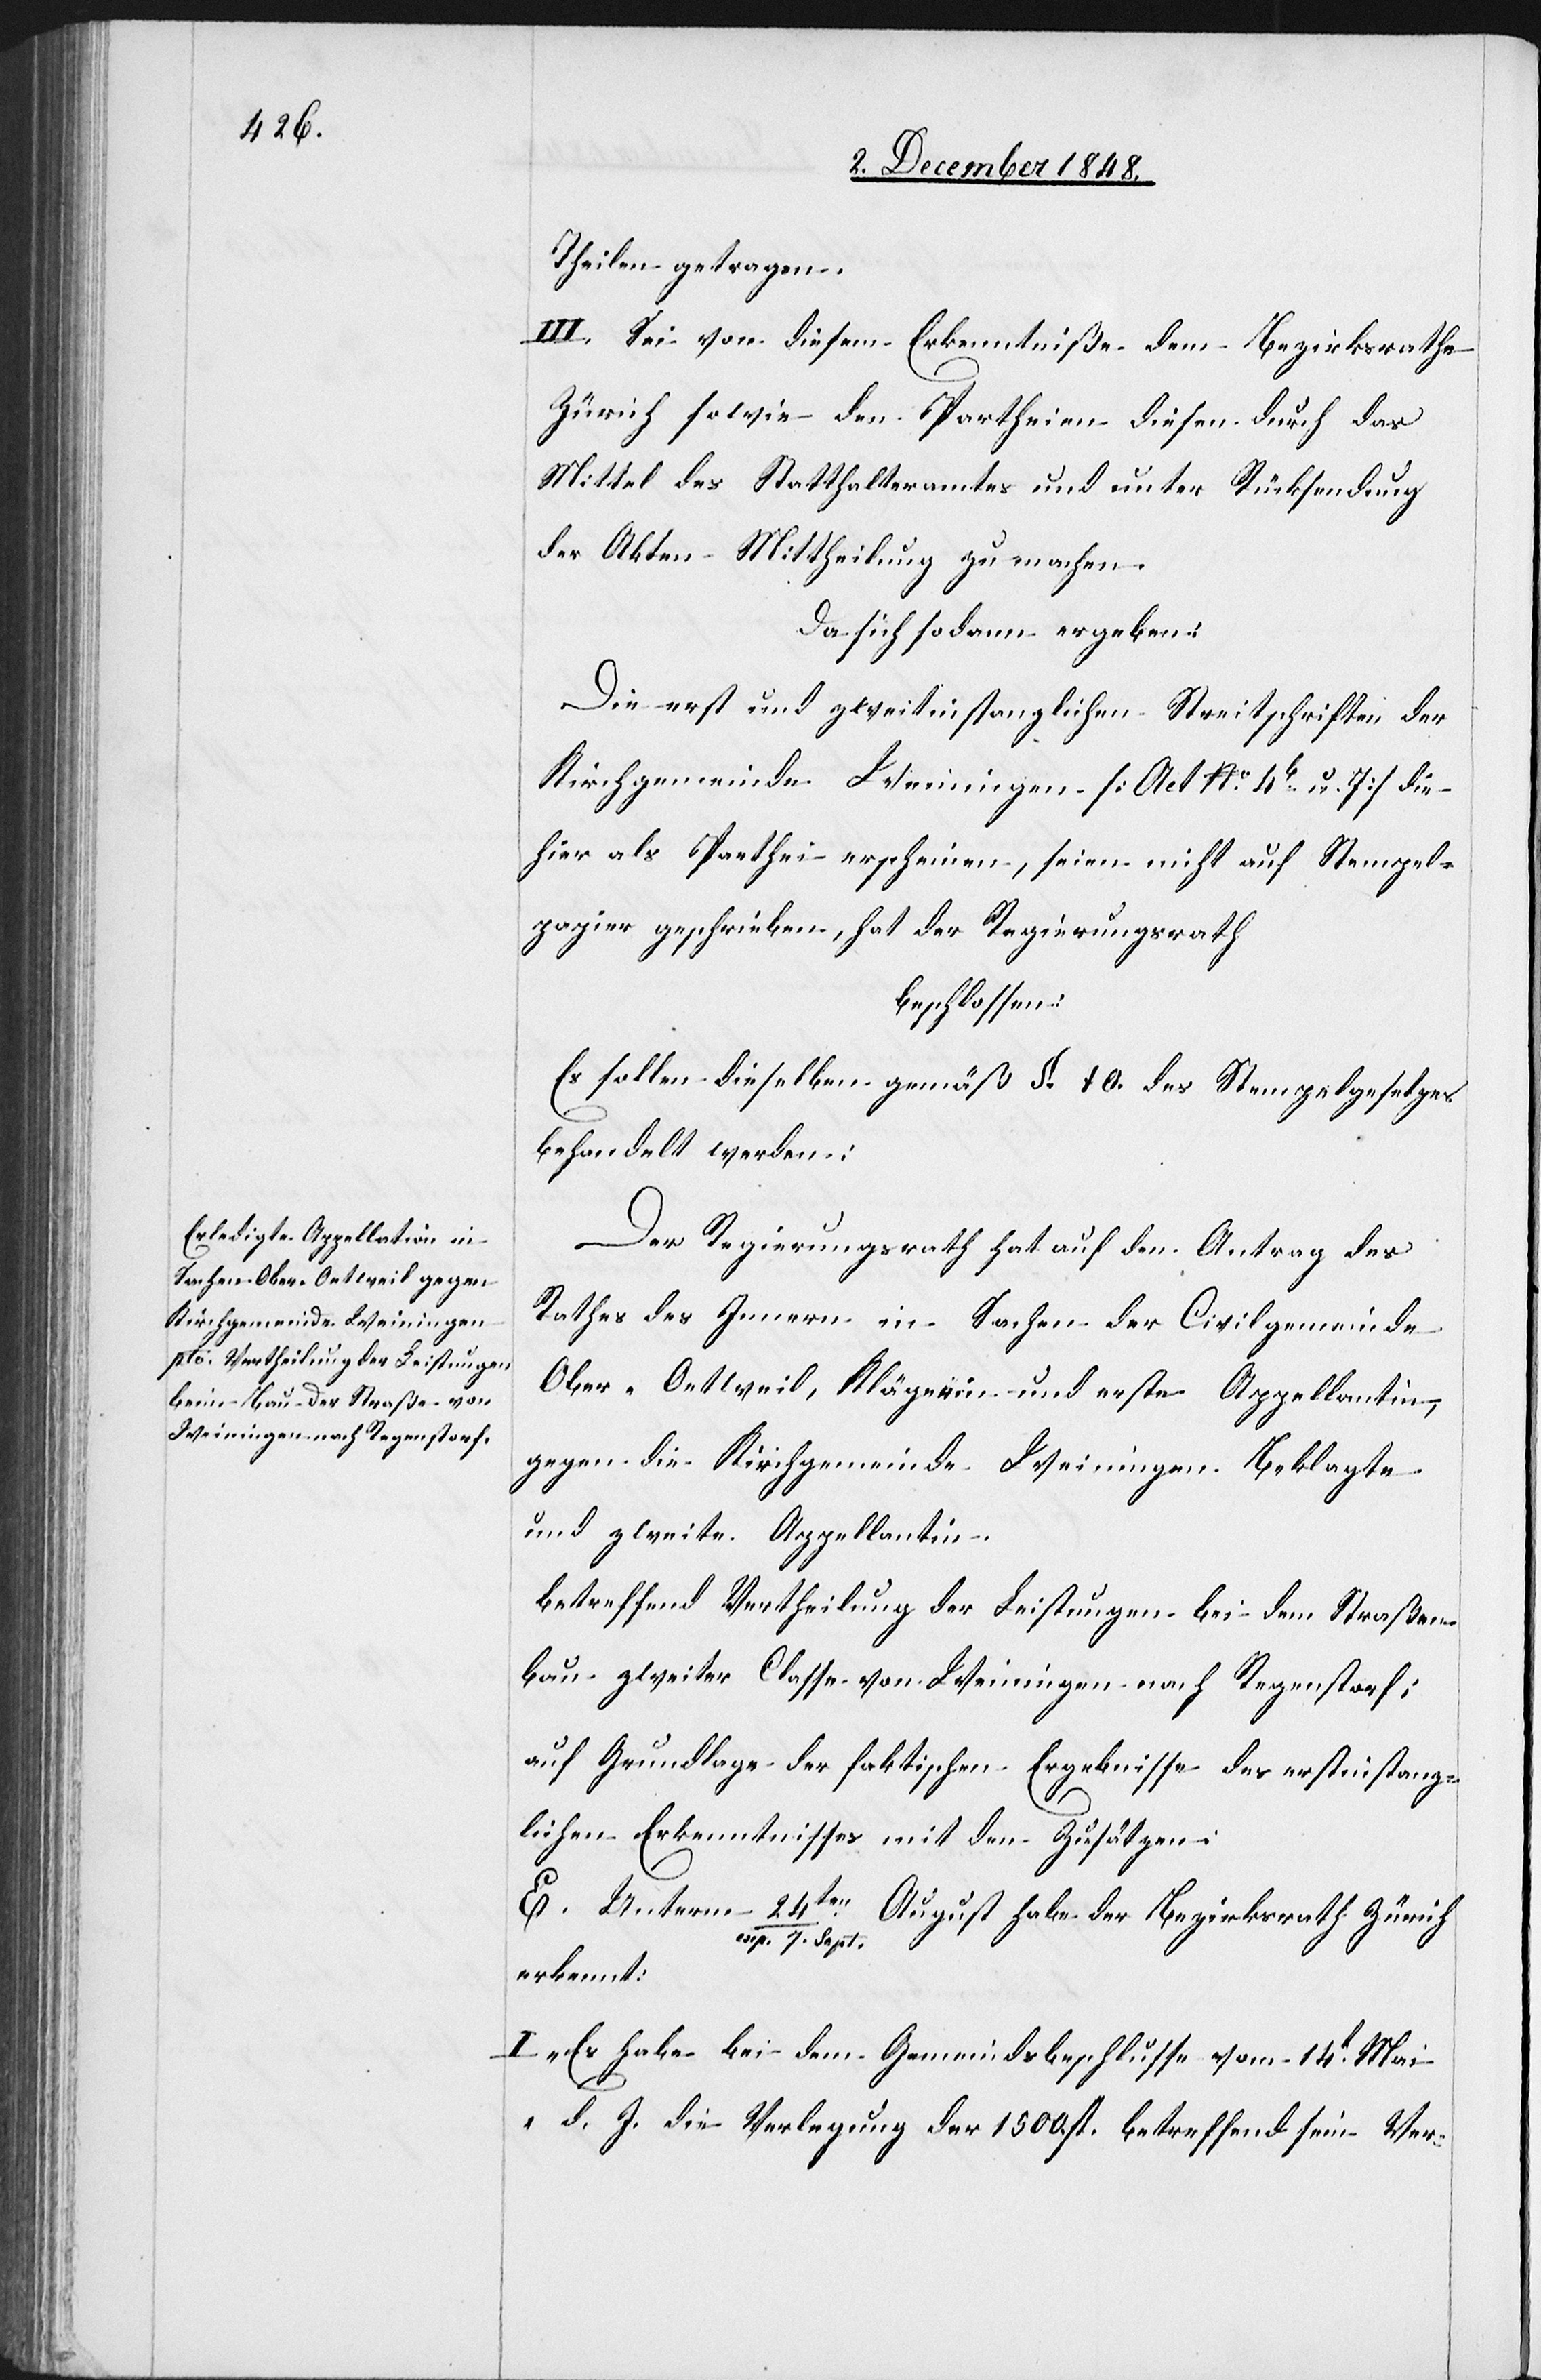
Theilen getragen.
III. Sei von diesem Erkenntniße dem Bezirksrathe
Zürich sowie den Partheien diesen durch das
Mittel des Statthalteramtes und unter Rücksendung
der Akten Mittheilung zu machen.
Da sich sodann ergeben:
Die erst[-] und zweitinstanzlichen Streitschriften der
Kirchgemeinde Weiningen [Act No 4 b u. 7] die
hier als Parthei erscheinen, seien nicht auf Stempel¬
papier geschrieben, hat der Regierungsrath
beschlossen:
Es sollen dieselben gemäß §. 10. des Stempelgesetzes
behandelt werden.
Der Regierungsrath hat auf den Antrag des
Rathes des Innern in Sachen der Civilgemeinde
Ober-Oetweil, Klägerin und erste Appellantin,
gegen die Kirchgemeinde Weiningen Beklagte
und zweite Appellantin.
betreffend Vertheilung der Leistungen bei dem Straßen¬
bau zweiter Classe von Weiningen nach Regenstorf:
auf Grundlage der faktischen Ergebnisse des erstinstanz¬
lichen Erkenntnisses mit den Zusätzen:
erkennt:
I. „Es habe bei dem Gemeindsbeschlusse vom 14t Mai
d. J. die Verlegung der 1500 fl. betreffend sein Ver-